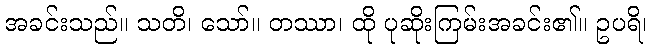
အခင်းသည်။ သတိ၊ သော်။ တဿာ၊ ထို ပုဆိုးကြမ်းအခင်း၏။ ဥပရိ၊